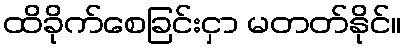
ထိခိုက်စေခြင်းငှာ မတတ်နိုင်။